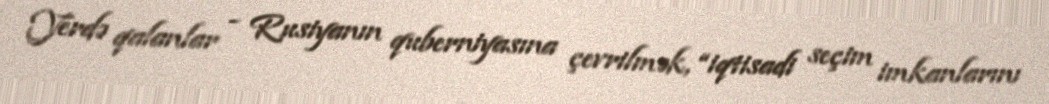
Yerdə qalanlar - Rusiyanın quberniyasına çevrilmək, “iqtisadi seçim imkanlarını